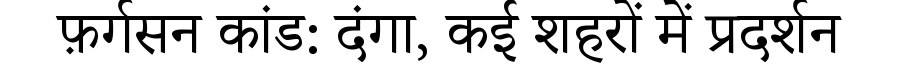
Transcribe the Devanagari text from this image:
फ़र्गसन कांड: दंगा, कई शहरों में प्रदर्शन